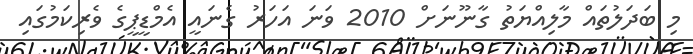
މި ބަދަލުތައް މާލިއްޔަތު ގާނޫނަށް 2010 ވަނަ އަހަރު ގެނައީ އެމްޑީޕީގެ ވެރިކަމުގައި